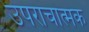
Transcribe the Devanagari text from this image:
उपराचात्मक